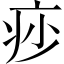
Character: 𤵌